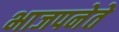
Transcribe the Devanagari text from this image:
भाजपनेते